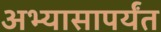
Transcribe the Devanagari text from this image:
अभ्यासापर्यंत